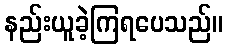
နည်းယူခဲ့ကြရပေသည်။